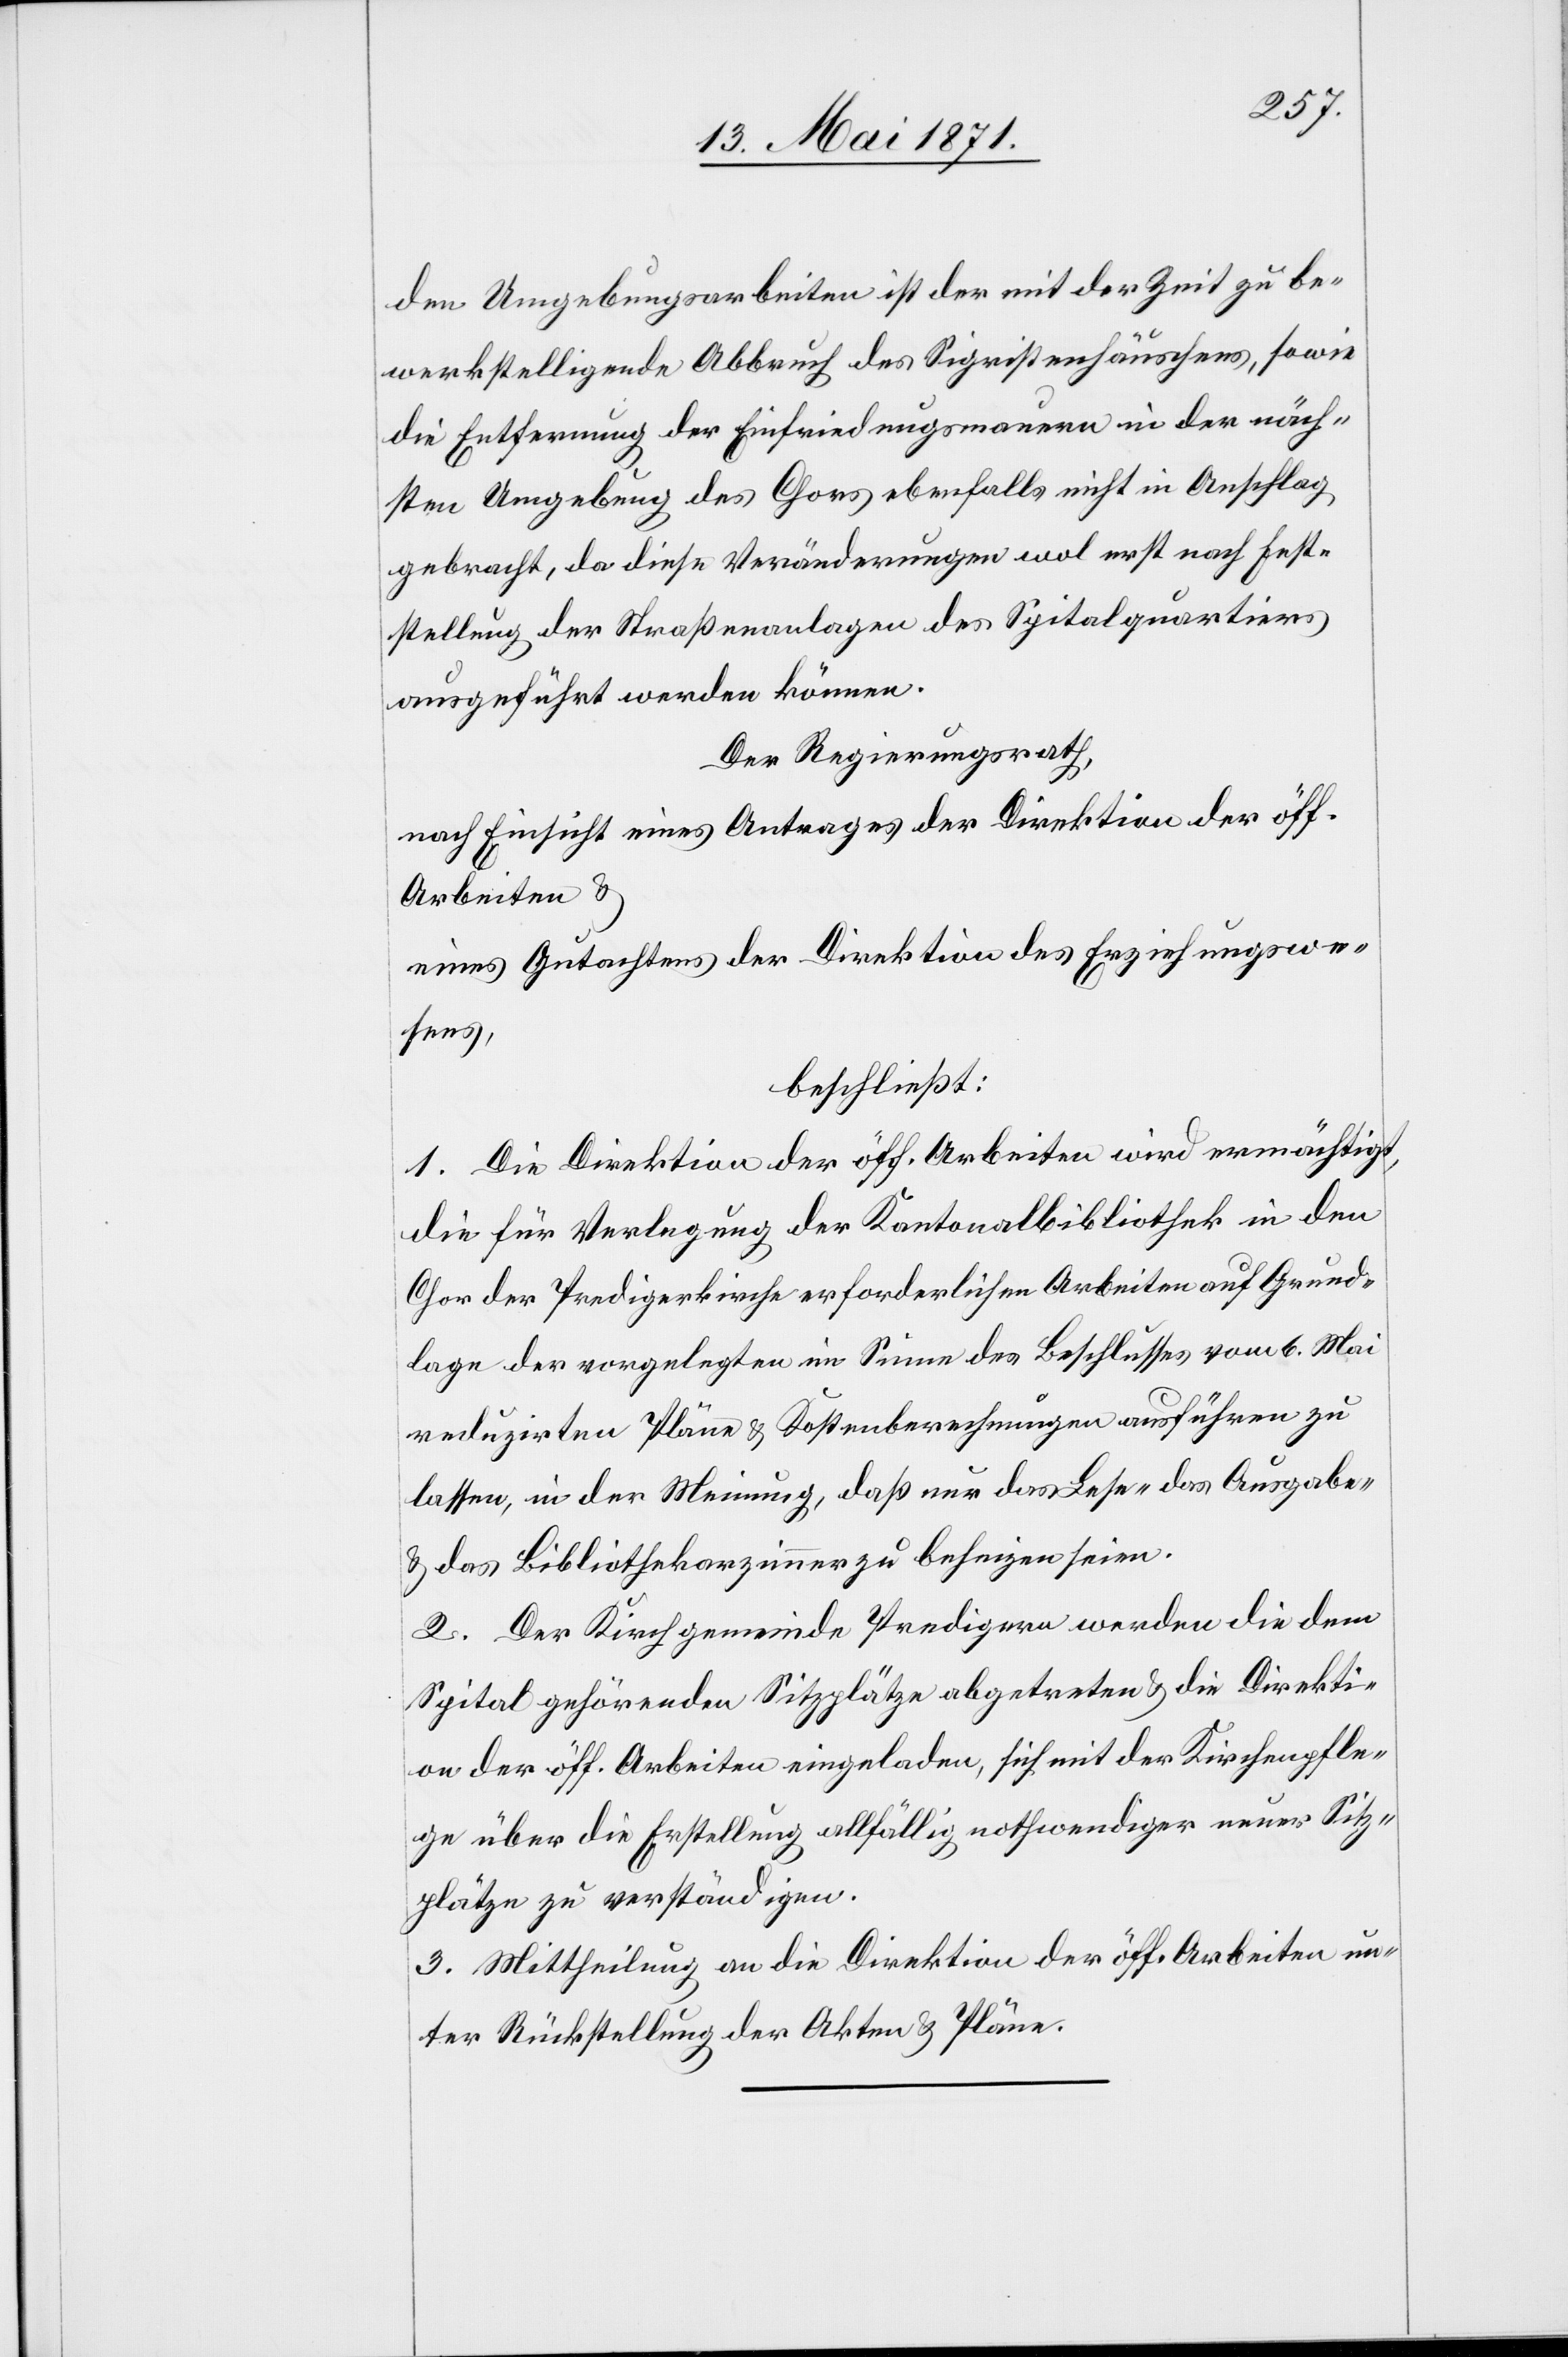
den Umgebungsarbeiten ist der mit der Zeit zu be¬
werkstelligende Abbruch des Sigristenhäuschens, sowie
die Entfernung der Einfriedungsmauern in der näch¬
sten Umgebung des Chors ebenfalls nicht in Anschlag
gebracht, da diese Veränderungen wol erst nach Fest¬
stellung der Straßenanlagen des Spitalquartiers
ausgeführt werden können.
Der Regierungsrath,
nach Einsicht eines Antrages der Direktion der öff.
Arbeiten u.
eines Gutachtens der Direktion des Erziehungswe¬
sens,
beschließt:
1.Die Direktion der öff. Arbeiten wird ermächtigt,
die für Verlegung der Kantonalbibliothek in den
Chor der Predigerkirche erforderlichen Arbeiten auf Grund¬
lage der vorgelegten im Sinne des Beschlusses vom 6. Mai
reduzirten Pläne u. Kostenberechnungen ausführen zu
lassen, in der Meinung, daß nur das Lese-[,] das Ausgabe-[,]
u. das Bibliothekarzimmer zu beheizen seien.
2. Der Kirchgemeinde Predigern werden die dem
Spital gehörenden Sitzplätze abgetreten u. die Direkti¬
on der öff. Arbeiten eingeladen, sich mit der Kirchenpfle¬
ge über die Erstellung allfällig nothwendiger neuer Sitz¬
plätze zu verständigen.
3. Mittheilung an die Direktion der öff. Arbeiten un¬
ter Rückstellung der Akten u. Pläne.